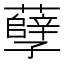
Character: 孽